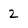
Character: 2